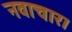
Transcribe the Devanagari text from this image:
नवाचार।